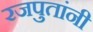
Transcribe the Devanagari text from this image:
रजपुतांनी